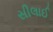
સીલાઈ